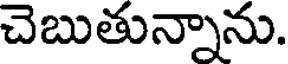
చెబుతున్నాను.